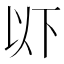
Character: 𫠪